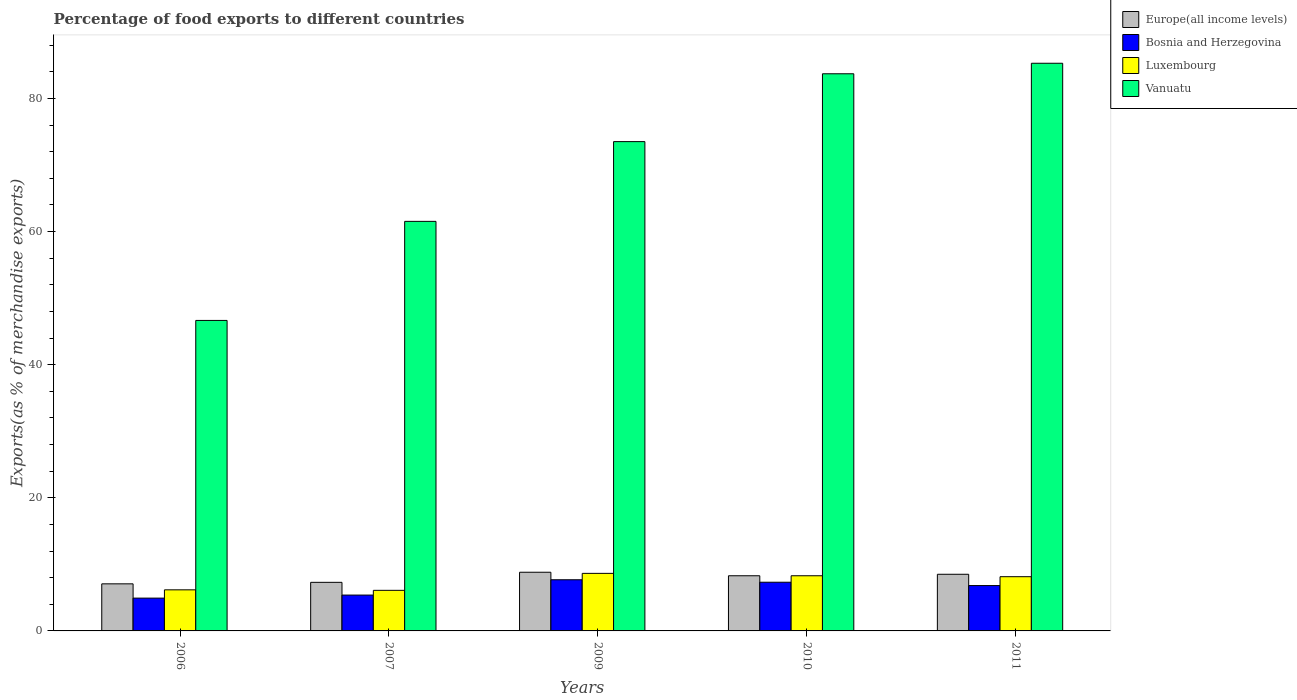
| Years | Europe(all income levels) | Bosnia and Herzegovina | Luxembourg | Vanuatu |
 | --- | --- | --- | --- | --- |
 | 2006 | 7.07 | 4.93 | 6.17 | 46.7 |
 | 2007 | 7.3 | 5.39 | 6.1 | 61.5 |
 | 2009 | 8.82 | 7.69 | 8.65 | 73.5 |
 | 2010 | 8.29 | 7.32 | 8.29 | 83.7 |
 | 2011 | 8.51 | 6.81 | 8.15 | 85.3 |